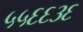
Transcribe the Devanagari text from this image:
५५६६३६